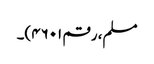
مسلم، رقم ۴۶۰۱)۔